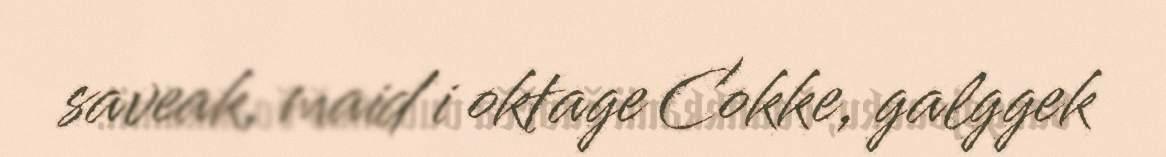
saveak, maid i oktage Cokke, galggek